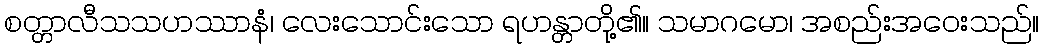
စတ္တာလီသသဟဿာနံ၊ လေးသောင်းသော ရဟန္တာတို့၏။ သမာဂမော၊ အစည်းအဝေးသည်။